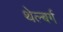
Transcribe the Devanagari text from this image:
थेल्बर्ग